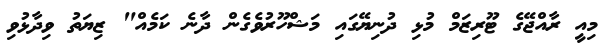
މިއީ ރާއްޖޭގެ ޓޫރިޒަމް މުޅި ދުނިޔޭގައި މަޝްހޫރުވެގެން ދާނެ ކަމެއް" ޒިޔަތު ވިދާޅުވި